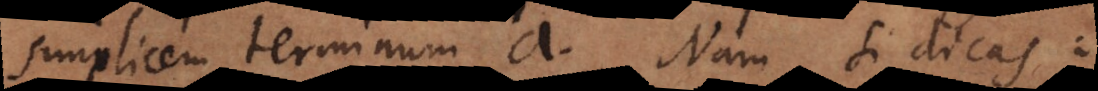
simplicem terminum a. Nam si dicas: